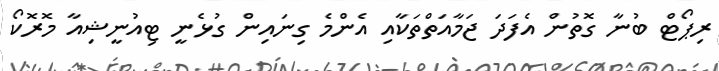
ރިޕޯޓް ބުނާ ގޮތުން އެފަދަ ޖަމާއަތްތަކާއި އެންމެ ގިނައިން ގުޅެނީ ޓިއުނީޝިއާ މޮރޮކޯ